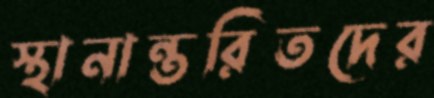
স্থানান্তরিতদের